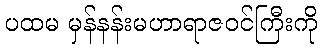
ပထမ မှန်နန်းမဟာရာဇဝင်ကြီးကို